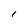
Character: I